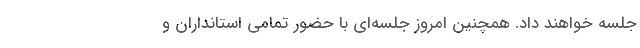
جلسه خواهند داد. همچنین امروز جلسه‌ای با حضور تمامی استانداران و